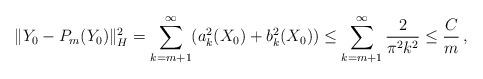
LaTeX: \begin{align*}\| Y_0-P_m(Y_0) \|^2_H= \sum_{k=m+1}^\infty (a_k^2(X_0)+ b_k^2(X_0)) \leq \sum_{k=m+1}^\infty \frac{2}{\pi^2 k^2}\leq \frac{C}{ m}\, ,\end{align*}